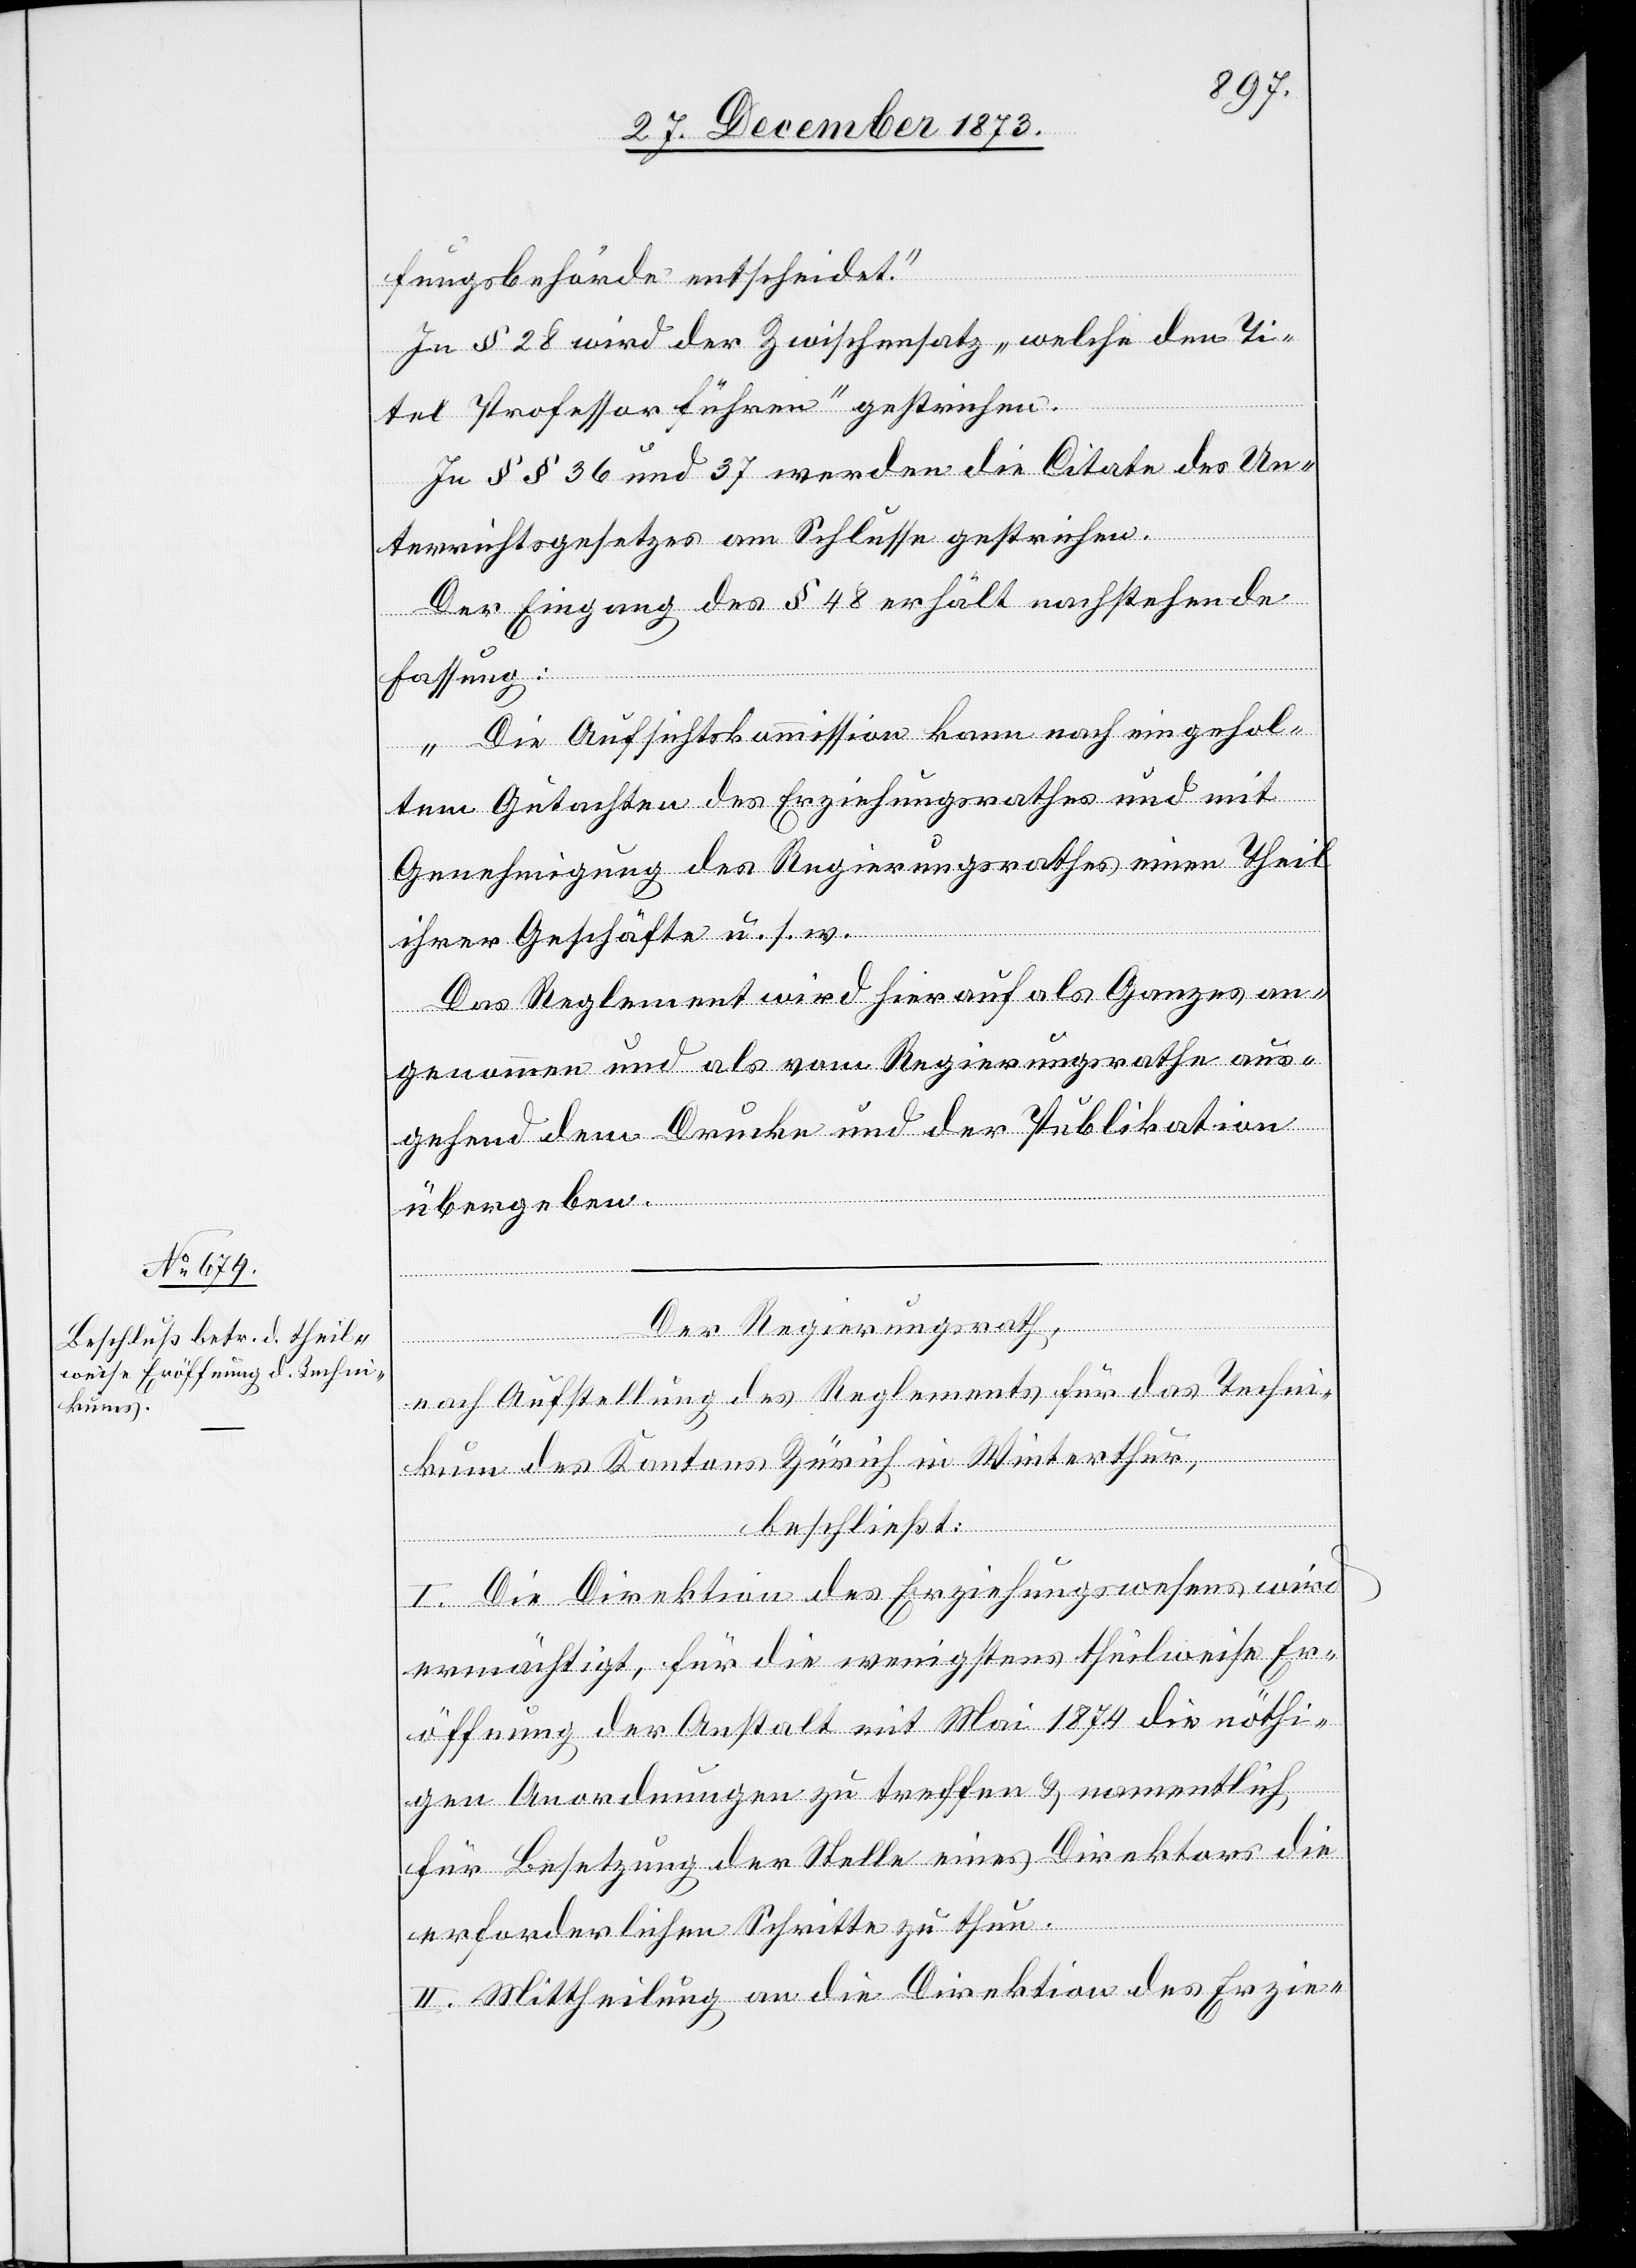
fungsbehörde entscheidet.“
In § 28 wird der Zwischensatz „welche den Ti¬
tel Professor führen“ gestrichen.
In §§ 36 und 37 werden die Citate des Un¬
terrichtsgesetzes am Schlusse gestrichen.
Der Eingang des § 48 erhält nachstehende
Fassung:
„Die Aufsichtskommission kann nach eingehol¬
tem Gutachten des Erziehungsrathes und mit
Genehmigung des Regierungsrathes einen Theil
ihrer Geschäfte u. s. w.“
Das Reglement wird hierauf als Ganzes an¬
genommen und als vom Regierungsrathe aus¬
gehend dem Drucke und der Publikation
übergeben.
Der Regierungsrath,
nach Aufstellung des Reglements für das Techni¬
kum des Kantons Zürich in Winterthur,
beschließt:
I. Die Direktion des Erziehungswesens wird
ermächtigt, für die wenigstens theilweise Er¬
öffnung der Anstalt mit Mai 1874 die nöthi¬
gen Anordnungen zu treffen & namentlich
für Besetzung der Stelle eines Direktors die
erforderlichen Schritte zu thun.
II. Mittheilung an die Direktion des Erzie-